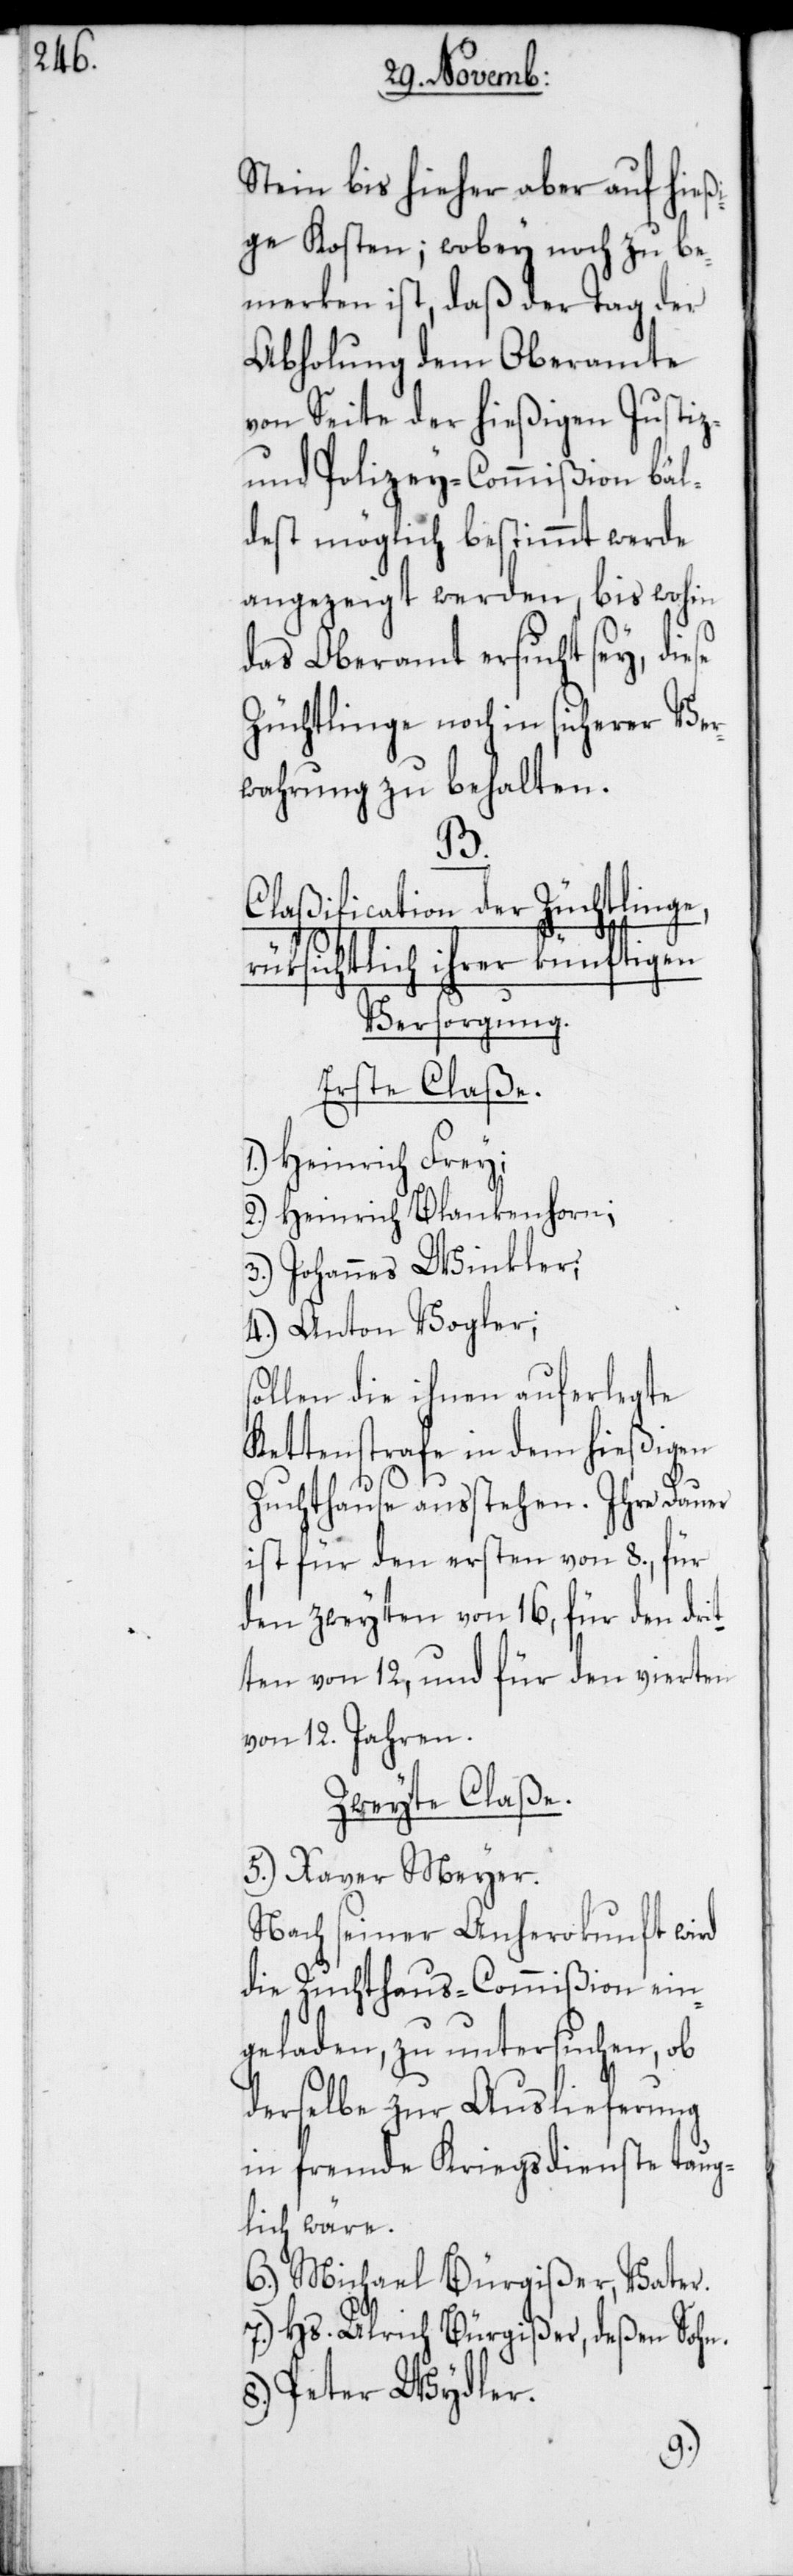
Stein bis hieher aber auf hießi¬
ge Kosten; wobey noch zu be¬
merken ist, daß der Tag der
Abholung dem Oberamte
von Seite der hießigen Justiz-
und Polizey-Commißion bäl¬
dest möglich bestimmt werde
angezeigt werden, bis wohin
das Oberamt ersucht sey, diese
Züchtlinge noch in sicherer Ver¬
wahrung zu behalten.
so¬
Claßification der Züchtlinge,
rüksichtlich ihrer künftigen
Versorgung.
Erste Claße.
1.) Heinrich Frey;
2.) Heinrich Blankenhorn;
3.) Johannes Winkler;
4.) Anton Vogler;
llen die ihnen auferlegte
Kettenstrafe in dem hießigen
Zuchthause ausstehen. Ihre Dauer
ist für den ersten von 8., für
den zweyten von 16, für den drit¬
ten von 12, und für den vierten
von 12. Jahren.
Zweyte Claße.
5.) Xaver Meyer.
Nach seiner Anherokunft wird
die Zuchthaus-Commißion ein¬
geladen, zu untersuchen, ob
derselbe zur Auslieferung
in fremde Kriegsdienste taug¬
lich wäre.
6.) Michael Bürgißer, Vater.
7.) Hs. Ulrich Bürgißer, deßen Sohn.
Peter Wydler.
8.)